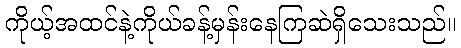
ကိုယ့်အထင်နဲ့ကိုယ်ခန့်မှန်းနေကြဆဲရှိသေးသည်။